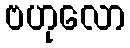
ဗဟုလော